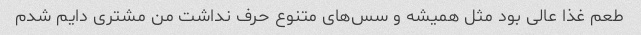
طعم غذا عالی بود مثل همیشه و سس‌های متنوع حرف نداشت من مشتری دایم شدم